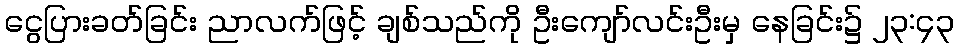
ငွေပြားခတ်ခြင်း ညာလက်ဖြင့် ချစ်သည်ကို ဦးကျော်လင်းဦးမှ နေခြင်း၌ ၂၃:၄၃